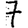
Digit: 7